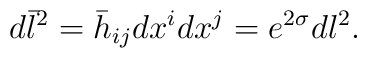
d\bar{l}^2=\bar{h}_{ij}dx^i dx^j=e^{2\sigma} dl^2.